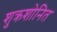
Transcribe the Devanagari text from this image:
शुक्रशोनित